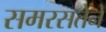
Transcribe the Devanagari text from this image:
समरसतेने